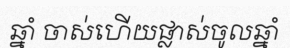
ឆ្នាំ ចាស់ហើយផ្លាស់ចូលឆ្នាំ